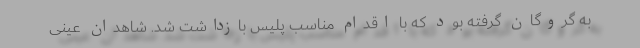
به گروگان گرفته بود که با اقدام مناسب پلیس بازداشت شد. شاهدان عینی